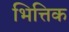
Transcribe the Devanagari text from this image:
भित्तिक